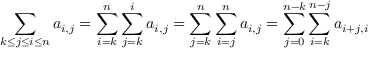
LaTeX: \sum _ { k \leq j \leq i \leq n } a _ { i , j } = \sum _ { i = k } ^ { n } \sum _ { j = k } ^ { i } a _ { i , j } = \sum _ { j = k } ^ { n } \sum _ { i = j } ^ { n } a _ { i , j } = \sum _ { j = 0 } ^ { n - k } \sum _ { i = k } ^ { n - j } a _ { i + j , i } \quad